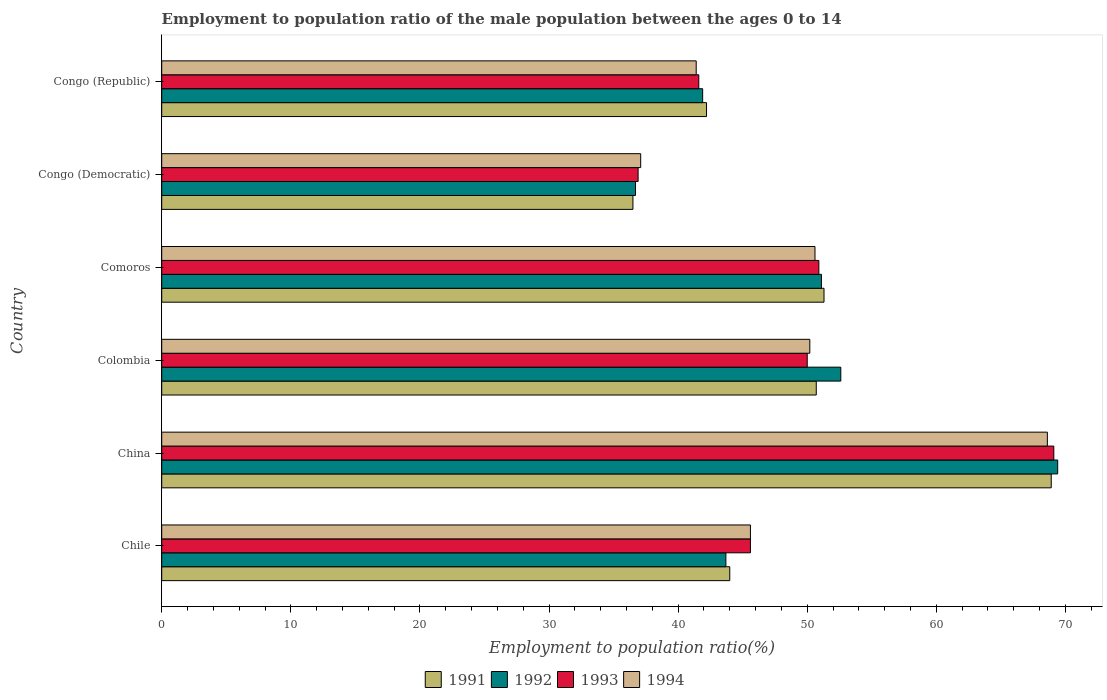
| Country | 1991 | 1992 | 1993 | 1994 |
 | --- | --- | --- | --- | --- |
 | Chile | 44 | 43.7 | 45.6 | 45.6 |
 | China | 68.9 | 69.4 | 69.1 | 68.6 |
 | Colombia | 50.7 | 52.6 | 50 | 50.2 |
 | Comoros | 51.3 | 51.1 | 50.9 | 50.6 |
 | Congo (Democratic) | 36.5 | 36.7 | 36.9 | 37.1 |
 | Congo (Republic) | 42.2 | 41.9 | 41.6 | 41.4 |